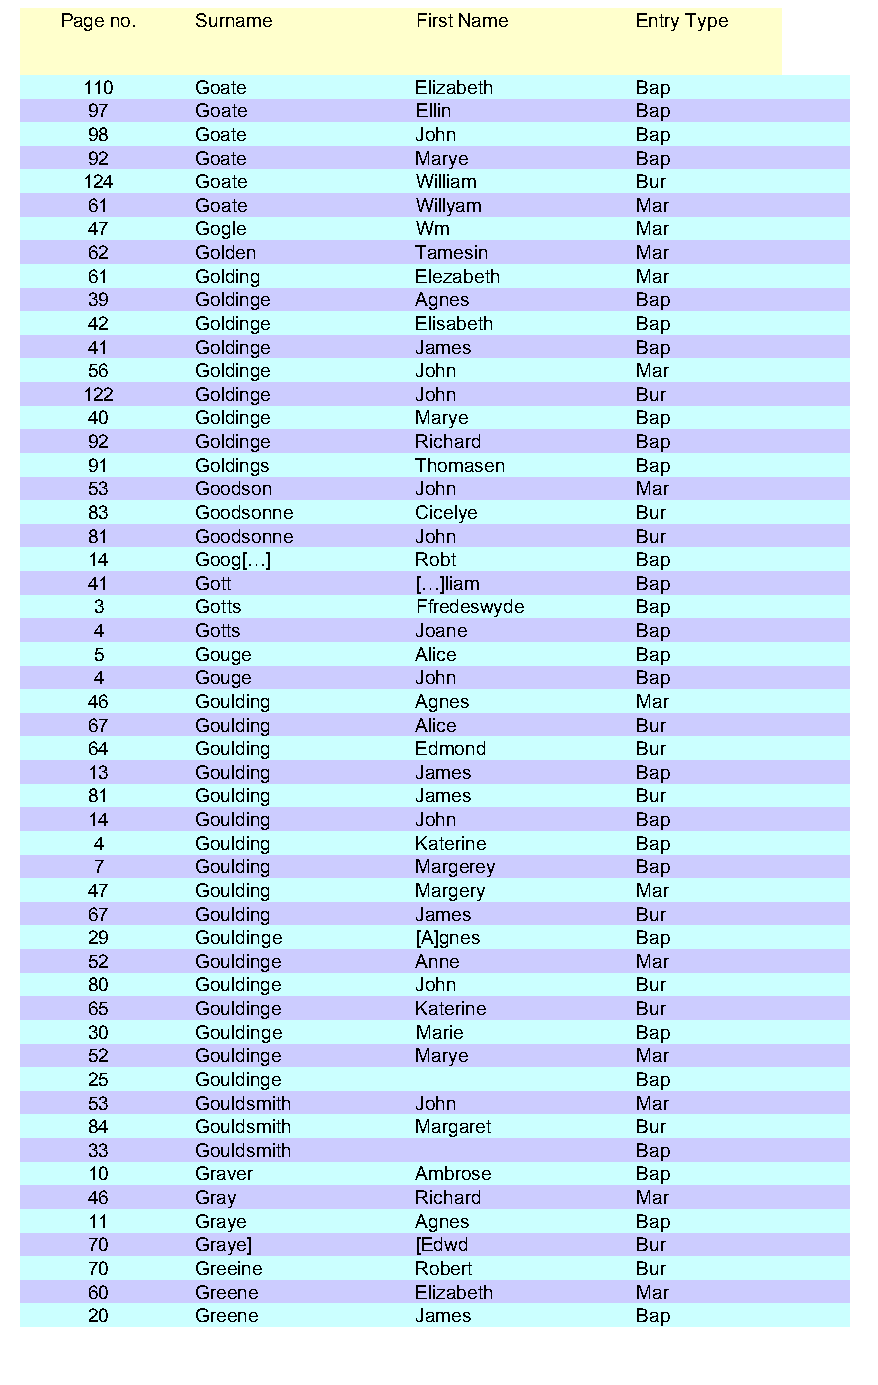
Page no. Surname        First Name    Entry Type
 110    Goate          Elizabeth     Bap
 97     Goate          Ellin         Bap
 98     Goate          John          Bap
 92     Goate          Marye         Bap
 124    Goate          William       Bur
 61     Goate          Willyam       Mar
 47     Gogle          Wm            Mar
 62     Golden         Tamesin       Mar
 61     Golding        Elezabeth     Mar
 39     Goldinge       Agnes         Bap
 42     Goldinge       Elisabeth     Bap
 41     Goldinge       James         Bap
 56     Goldinge       John          Mar
 122    Goldinge       John          Bur
 40     Goldinge       Marye         Bap
 92     Goldinge       Richard       Bap
 91     Goldings       Thomasen      Bap
 53     Goodson        John          Mar
 83     Goodsonne      Cicelye       Bur
 81     Goodsonne      John          Bur
 14     Goog[…]        Robt          Bap
 41     Gott           […]liam       Bap
 3     Gotts          Ffredeswyde   Bap
 4     Gotts          Joane         Bap
 5     Gouge          Alice         Bap
 4     Gouge          John          Bap
 46     Goulding       Agnes         Mar
 67     Goulding       Alice         Bur
 64     Goulding       Edmond        Bur
 13     Goulding       James         Bap
 81     Goulding       James         Bur
 14     Goulding       John          Bap
 4     Goulding       Katerine      Bap
 7     Goulding       Margerey      Bap
 47     Goulding       Margery       Mar
 67     Goulding       James         Bur
 29     Gouldinge      [A]gnes       Bap
 52     Gouldinge      Anne          Mar
 80     Gouldinge      John          Bur
 65     Gouldinge      Katerine      Bur
 30     Gouldinge      Marie         Bap
 52     Gouldinge      Marye         Mar
 25     Gouldinge                    Bap
 53     Gouldsmith     John          Mar
 84     Gouldsmith     Margaret      Bur
 33     Gouldsmith                   Bap
 10     Graver         Ambrose       Bap
 46     Gray           Richard       Mar
 11     Graye          Agnes         Bap
 70     Graye]         [Edwd         Bur
 70     Greeine        Robert        Bur
 60     Greene         Elizabeth     Mar
 20     Greene         James         Bap